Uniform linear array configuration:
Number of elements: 12
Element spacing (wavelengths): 0.5
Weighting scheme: cosine
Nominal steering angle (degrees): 0
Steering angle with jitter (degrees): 1.2
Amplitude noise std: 0.05
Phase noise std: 0.05

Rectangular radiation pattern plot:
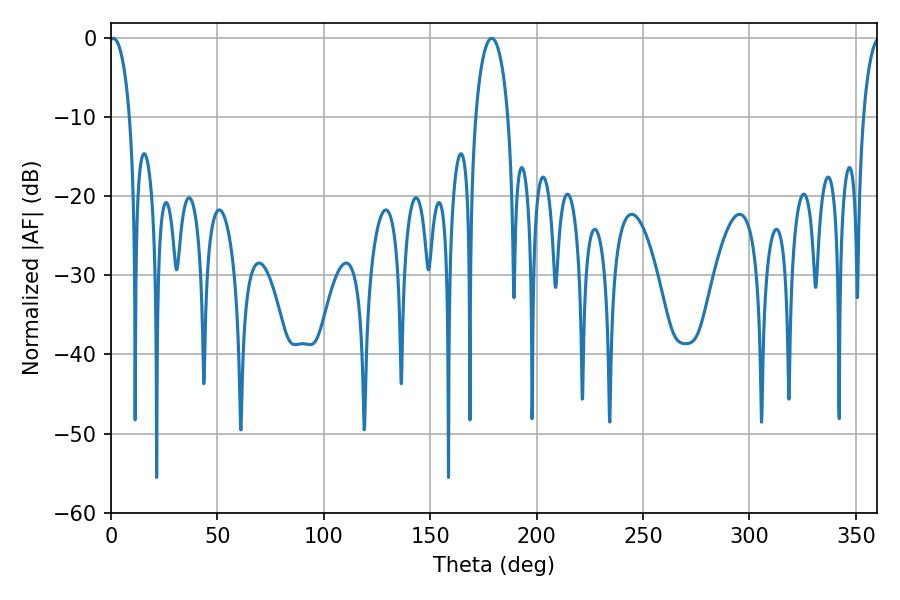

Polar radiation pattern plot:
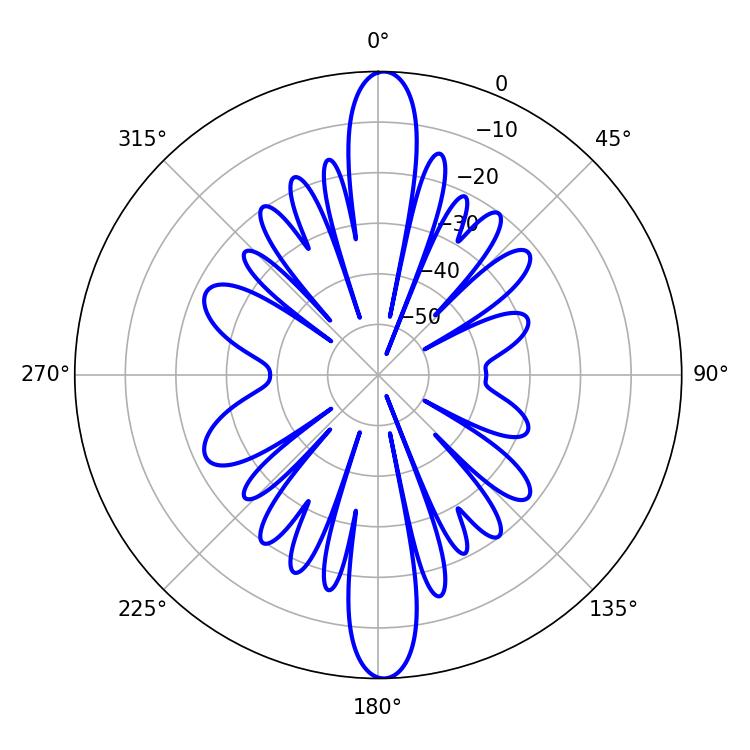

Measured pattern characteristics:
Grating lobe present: FALSE
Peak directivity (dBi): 25.871
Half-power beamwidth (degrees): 5.4
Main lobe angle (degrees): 1.08